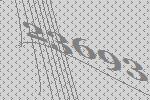
23693